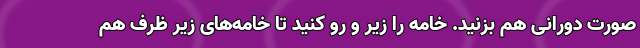
صورت دورانی هم بزنید. خامه را زیر و رو کنید تا خامه‌های زیر ظرف هم